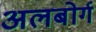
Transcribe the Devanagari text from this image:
अलबोर्ग